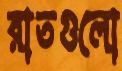
রাতগুলো